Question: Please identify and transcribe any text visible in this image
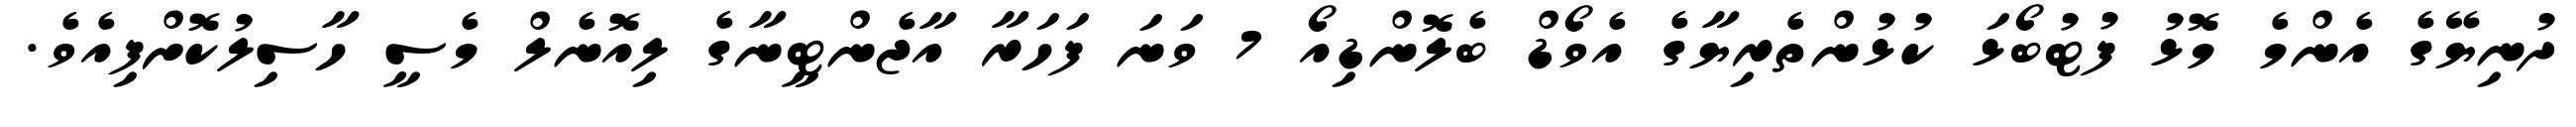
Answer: ދުނިޔޭގެ އެންމެ މޮޅު ފުޓުބޯޅަ ކުޅުންތެރިޔާގެ އެވޯޑް ބެލޮންޑިއޯ 7 ވަނަ ފަހަރާ އާޖެންޓީނާގެ ލިއޮނެލް މެސީ ހާސިލުކޮށްފިއެވެ.